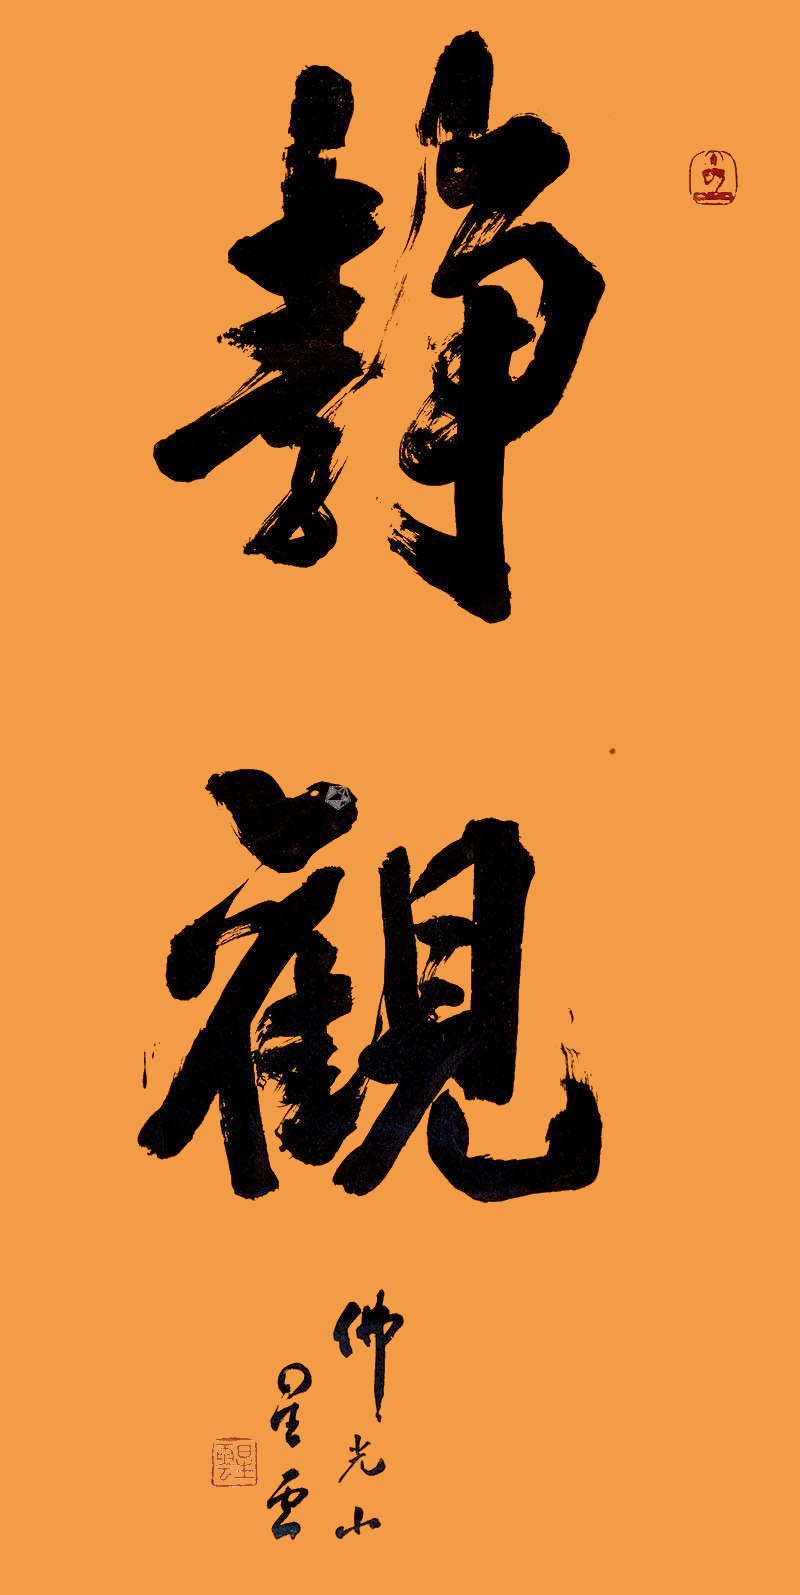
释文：静观佛光山星云